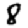
Digit: 8